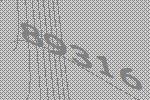
89316